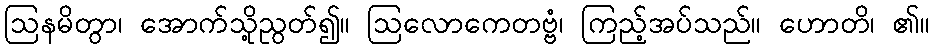
ဩနမိတွာ၊ အောက်သို့ညွတ်၍။ ဩလောကေတဗ္ဗံ၊ ကြည့်အပ်သည်။ ဟောတိ၊ ၏။